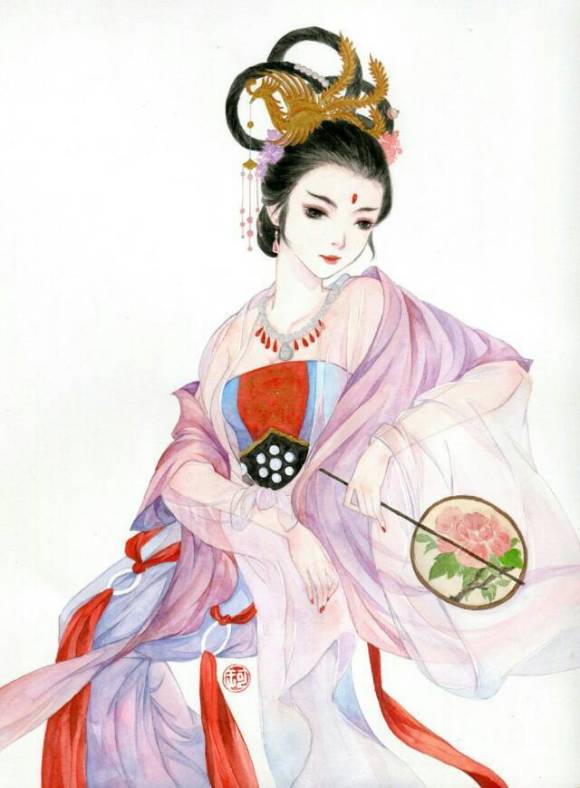
香灭绣帷人寂寂，倚槛无言愁思远。